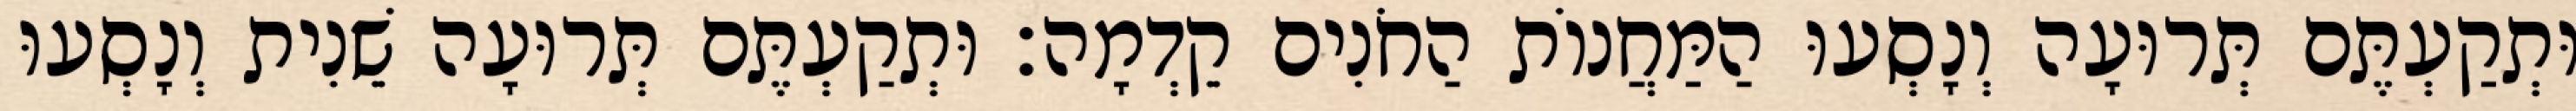
וּתְקַעְתֶּם תְּרוּעָה וְנָסְעוּ הַמַּחֲנוֹת הַחֹנִים קֵדְמָה׃ וּתְקַעְתֶּם תְּרוּעָה שֵׁנִית וְנָסְעוּ